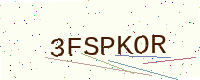
Text: 3FSPKOR